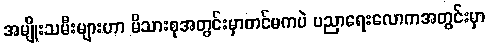
အမျိုးသမီးများဟာ မိသားစုအတွင်းမှာတင်မကပဲ ပညာရေးလောကအတွင်းမှာ